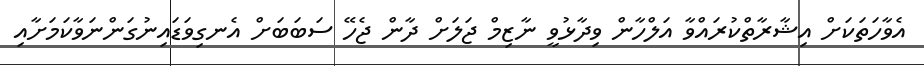
އެވާހަތަކަށް އިޝާރާތްކުރައްވާ އަލްހާން ވިދާޅުވީ ނާޒިމް ޖަލަށް ދާން ޖެހޭ ސަބަބަށް އެނގިވަޑައިނުގަންނަވާކަމަށާއި